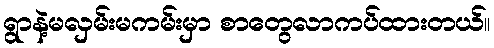
ရွာနဲ့မလှမ်းမကမ်းမှာ စာတွေလာကပ်ထားတယ်။